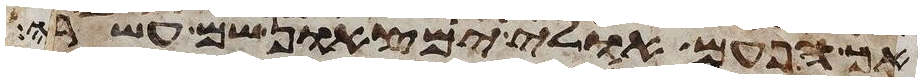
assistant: אך הפעם אולי ימצאון שם עשרה